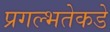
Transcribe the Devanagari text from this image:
प्रगल्‍भतेकडे